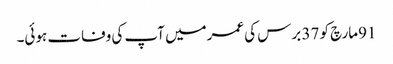
91مارچ کو 37 برس کی عمرمیں آپ کی وفات ہوئی۔